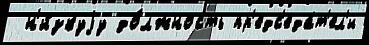
 н'и́зкуjу до́лжность пр'едс'еда́т'ел'и